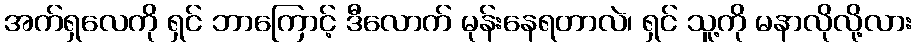
အက်ရှလေကို ရှင် ဘာကြောင့် ဒီလောက် မုန်းနေရတာလဲ၊ ရှင် သူ့ကို မနာလိုလို့လား